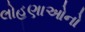
લોહણાઓનો